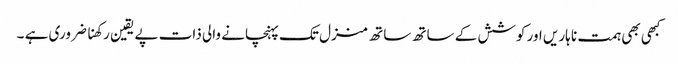
کبھی بھی ہمت نا ہاریں اور کوشش کے ساتھ ساتھ منزل تک پہنچانے والی ذات پے یقین رکھنا ضروری ہے ۔